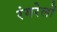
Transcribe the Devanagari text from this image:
रंगरेलों